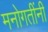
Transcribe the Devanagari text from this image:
मनोगतींनी